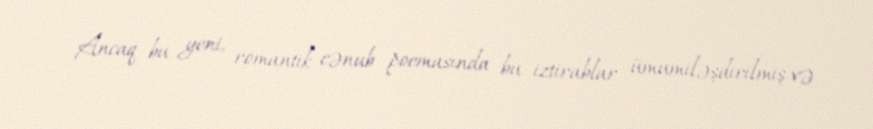
Ancaq bu yeni, romantik cənub poemasında bu iztirablar ümumiləşdirilmiş və